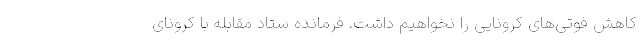
کاهش فوتی‌های کرونایی را نخواهیم داشت. فرمانده ستاد مقابله با کرونای